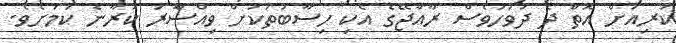
ކުރިއަށް އޮތް ދެ ދުވަހުވެސް ރާއްޖޭގެ އެކި ހިސާބުތަަކަށް ވިއްސާެރަ ކުރާނެ ކަމަށެވެ.